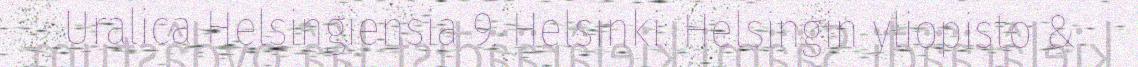
Uralica Helsingiensia 9. Helsinki: Helsingin yliopisto &